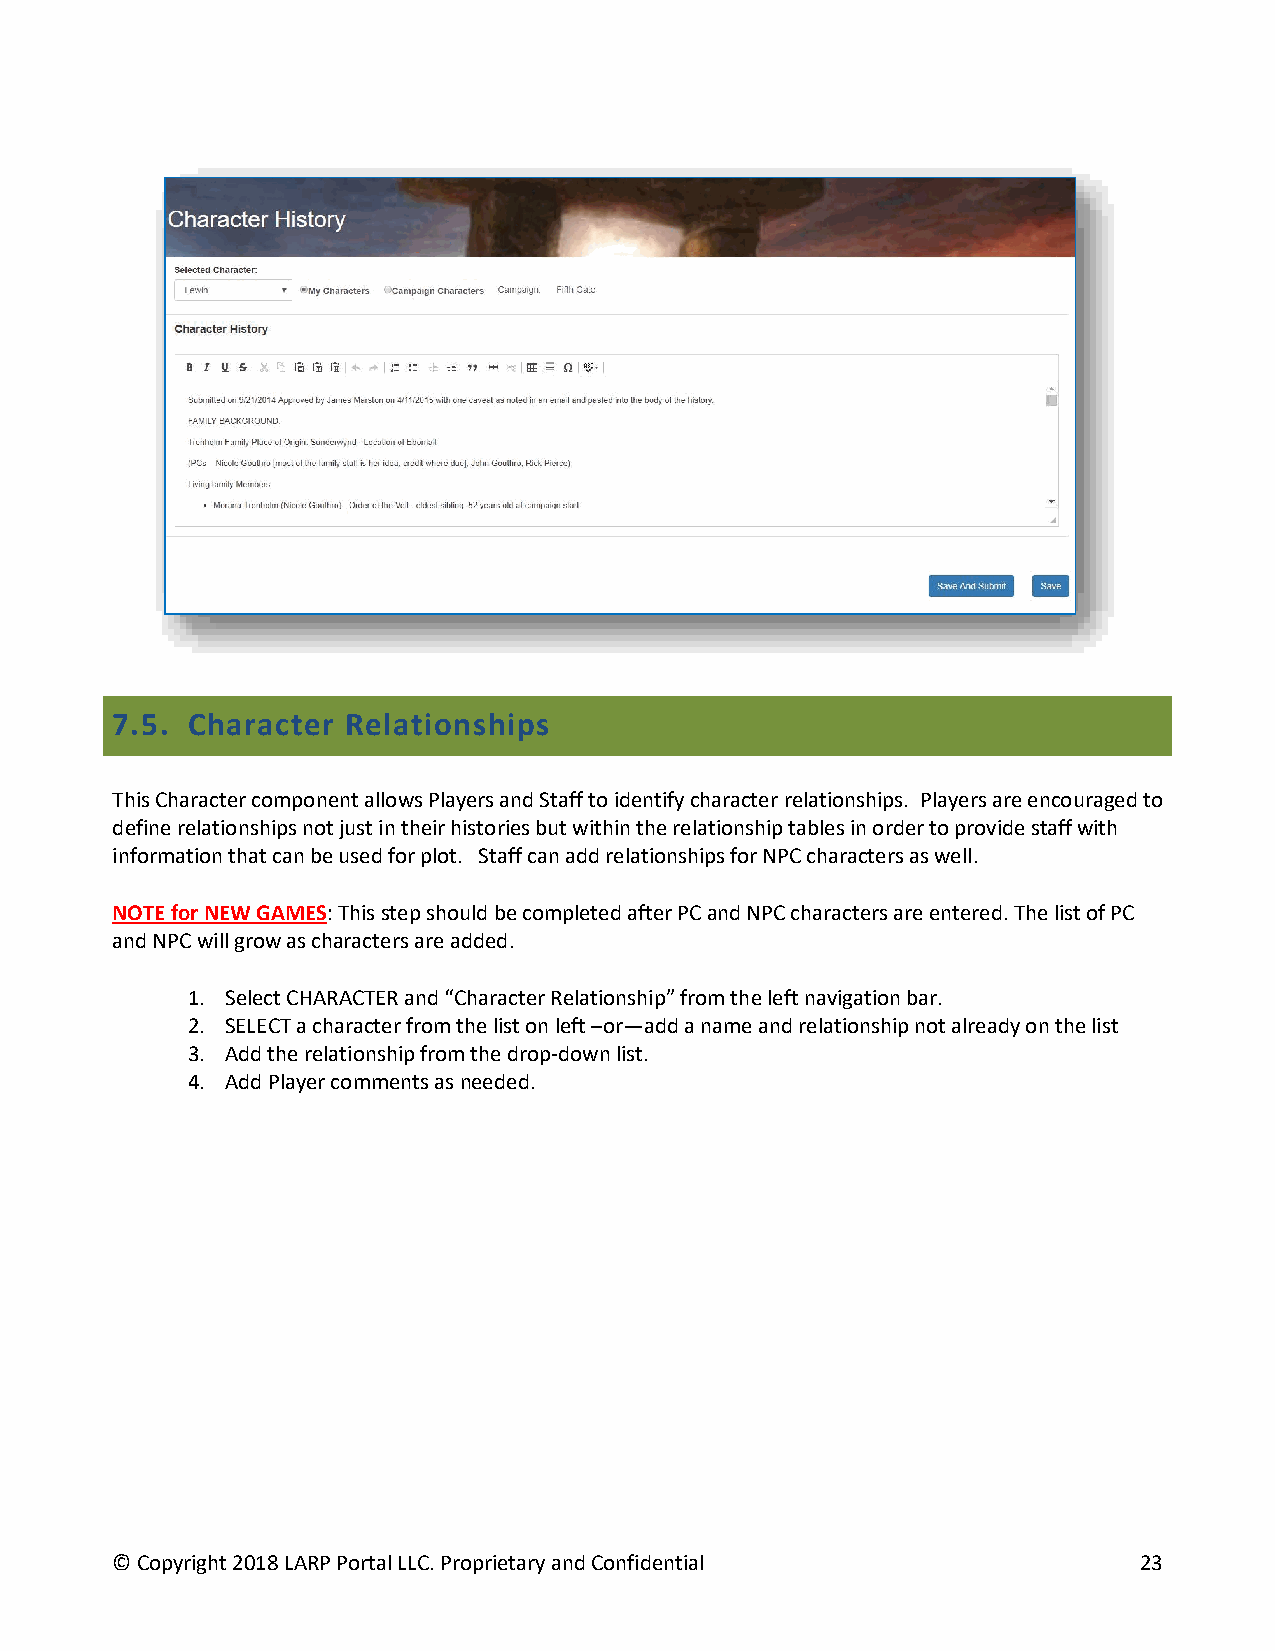
7.5. Character  Relationships
 This Character component allows Players and Staff to identify character relationships. Players are encouraged to
 define relationships not just in their histories but within the relationship tables in order to provide staff with
 information that can be used for plot. Staff can add relationships for NPC characters as well.
 NOTE for NEW GAMES: This step should be completed after PC and NPC characters are entered. The list of PC
 and NPC will grow as characters are added.
 1. Select CHARACTER and “Character Relationship” from the left navigation bar.
 2. SELECT a character from the list on left –or—add a name and relationship not already on the list
 3. Add the relationship from the drop-down list.
 4. Add Player comments as needed.
 © Copyright 2018 LARP Portal LLC. Proprietary and Confidential      23